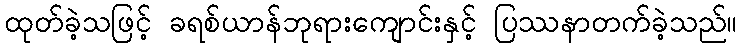
ထုတ်ခဲ့သဖြင့် ခရစ်ယာန်ဘုရားကျောင်းနှင့် ပြဿနာတက်ခဲ့သည်။